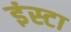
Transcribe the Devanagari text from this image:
इंस्टा